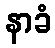
နာခံ